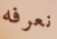
نعرفه